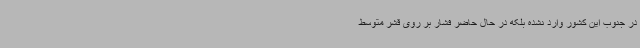
در جنوب این کشور وارد نشده بلکه در حال حاضر فشار بر روی قشر متوسط